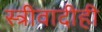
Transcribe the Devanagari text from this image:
स्त्रीवादीही